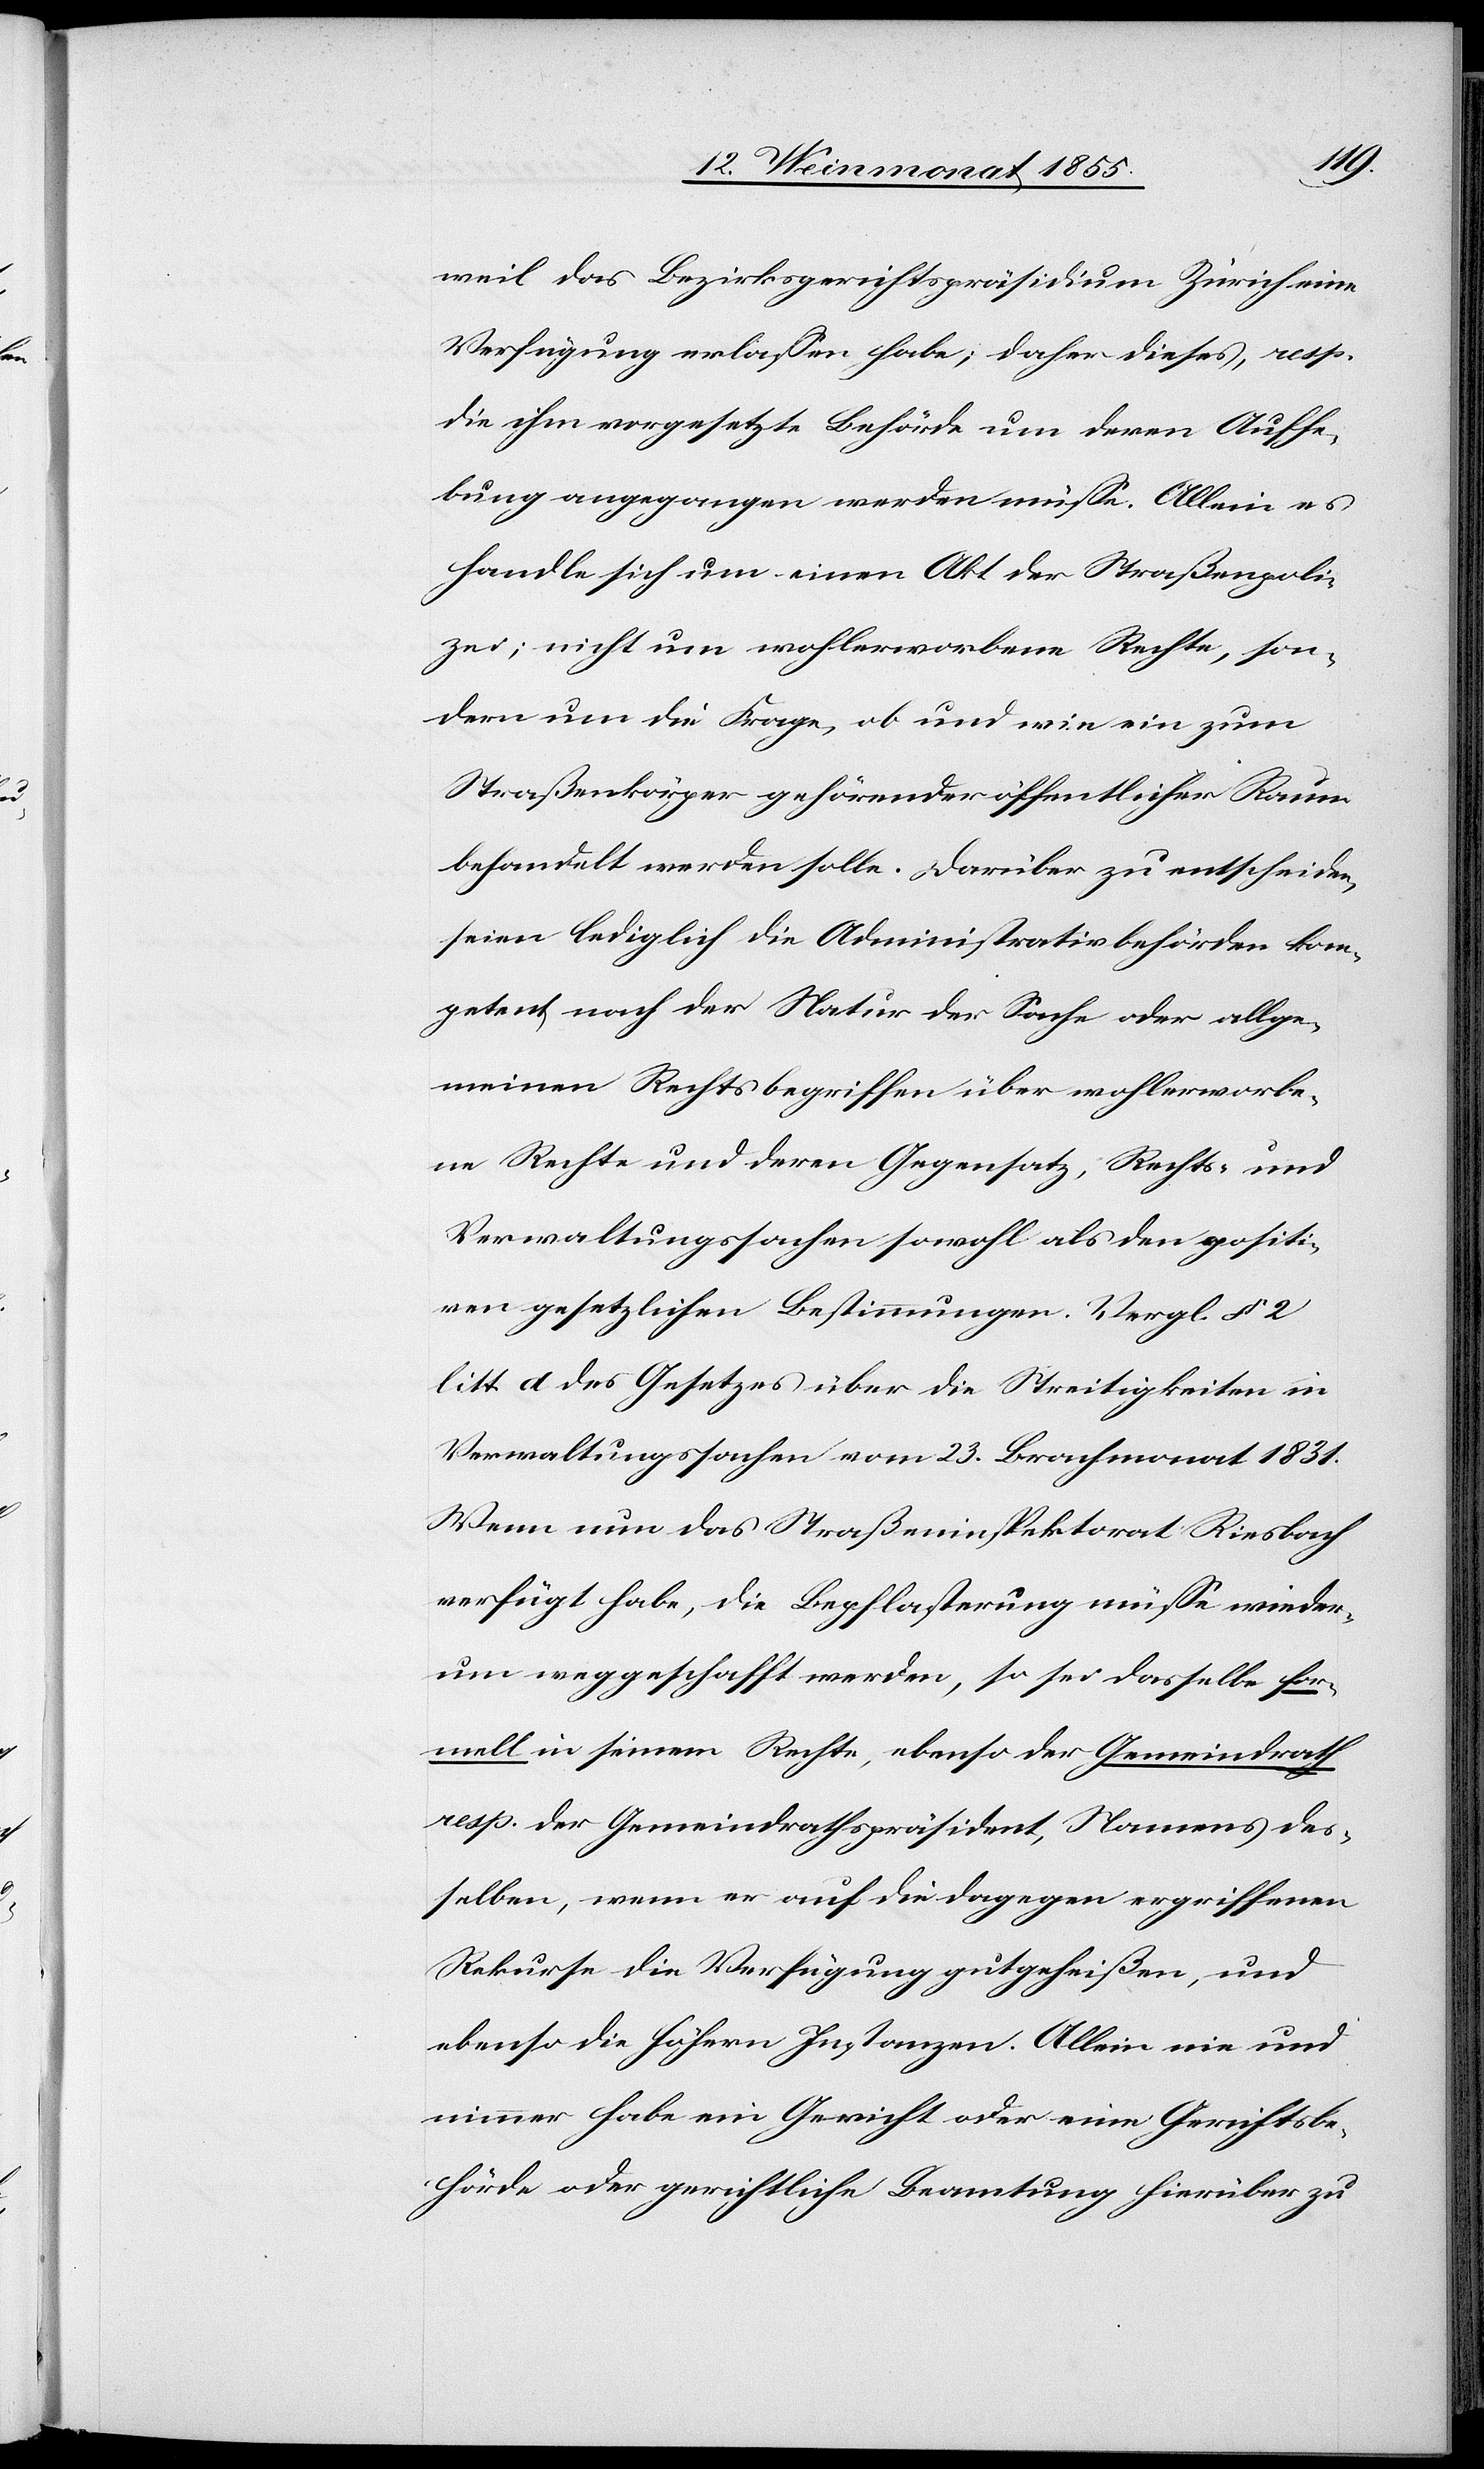
weil das Bezirksgerichtspräsidium Zürich eine
Verfügung erlassen habe; daher dieses, resp.
die ihm vorgesetzte Behörde um deren Aufhe¬
bung angegangen werden müsse. Allein es
handle sich um einen Akt der Straßenpoli¬
zei; nicht um wohlerworbene Rechte, son¬
dern um die Frage, ob und wie ein zum
Straßenkörper gehörender öffentlicher Raum
behandelt werden solle. Darüber zu entscheiden,
seien lediglich die Administrativbehörden kom¬
petent, nach der Natur der Sache oder allge¬
meinen Rechtsbegriffen über wohlerworbe¬
ne Rechte und deren Gegensatz, Rechts- und
Verwaltungssachen sowohl als den positi¬
ven gesetzlichen Bestimmungen. Vergl. § 2
litt. d des Gesetzes über die Streitigkeiten in
Verwaltungssachen vom 23. Brachmonat 1831.
Wenn nun das Straßeninspektorat Riesbach
verfügt habe, die Bepflasterung müsse wieder¬
um weggeschafft werden, so sei dasselbe for¬
mell in seinem Rechte, ebenso der Gemeindrath
resp. der Gemeindrathspräsident, Namens des¬
selben, wenn er auf die dagegen ergriffenen
Rekurse die Verfügung gutgeheißen, und
ebenso die höhern Instanzen. Allein nie und
nimmer habe ein Gericht oder eine Gerichtsbe¬
hörde oder gerichtliche Beamtung hierüber zu